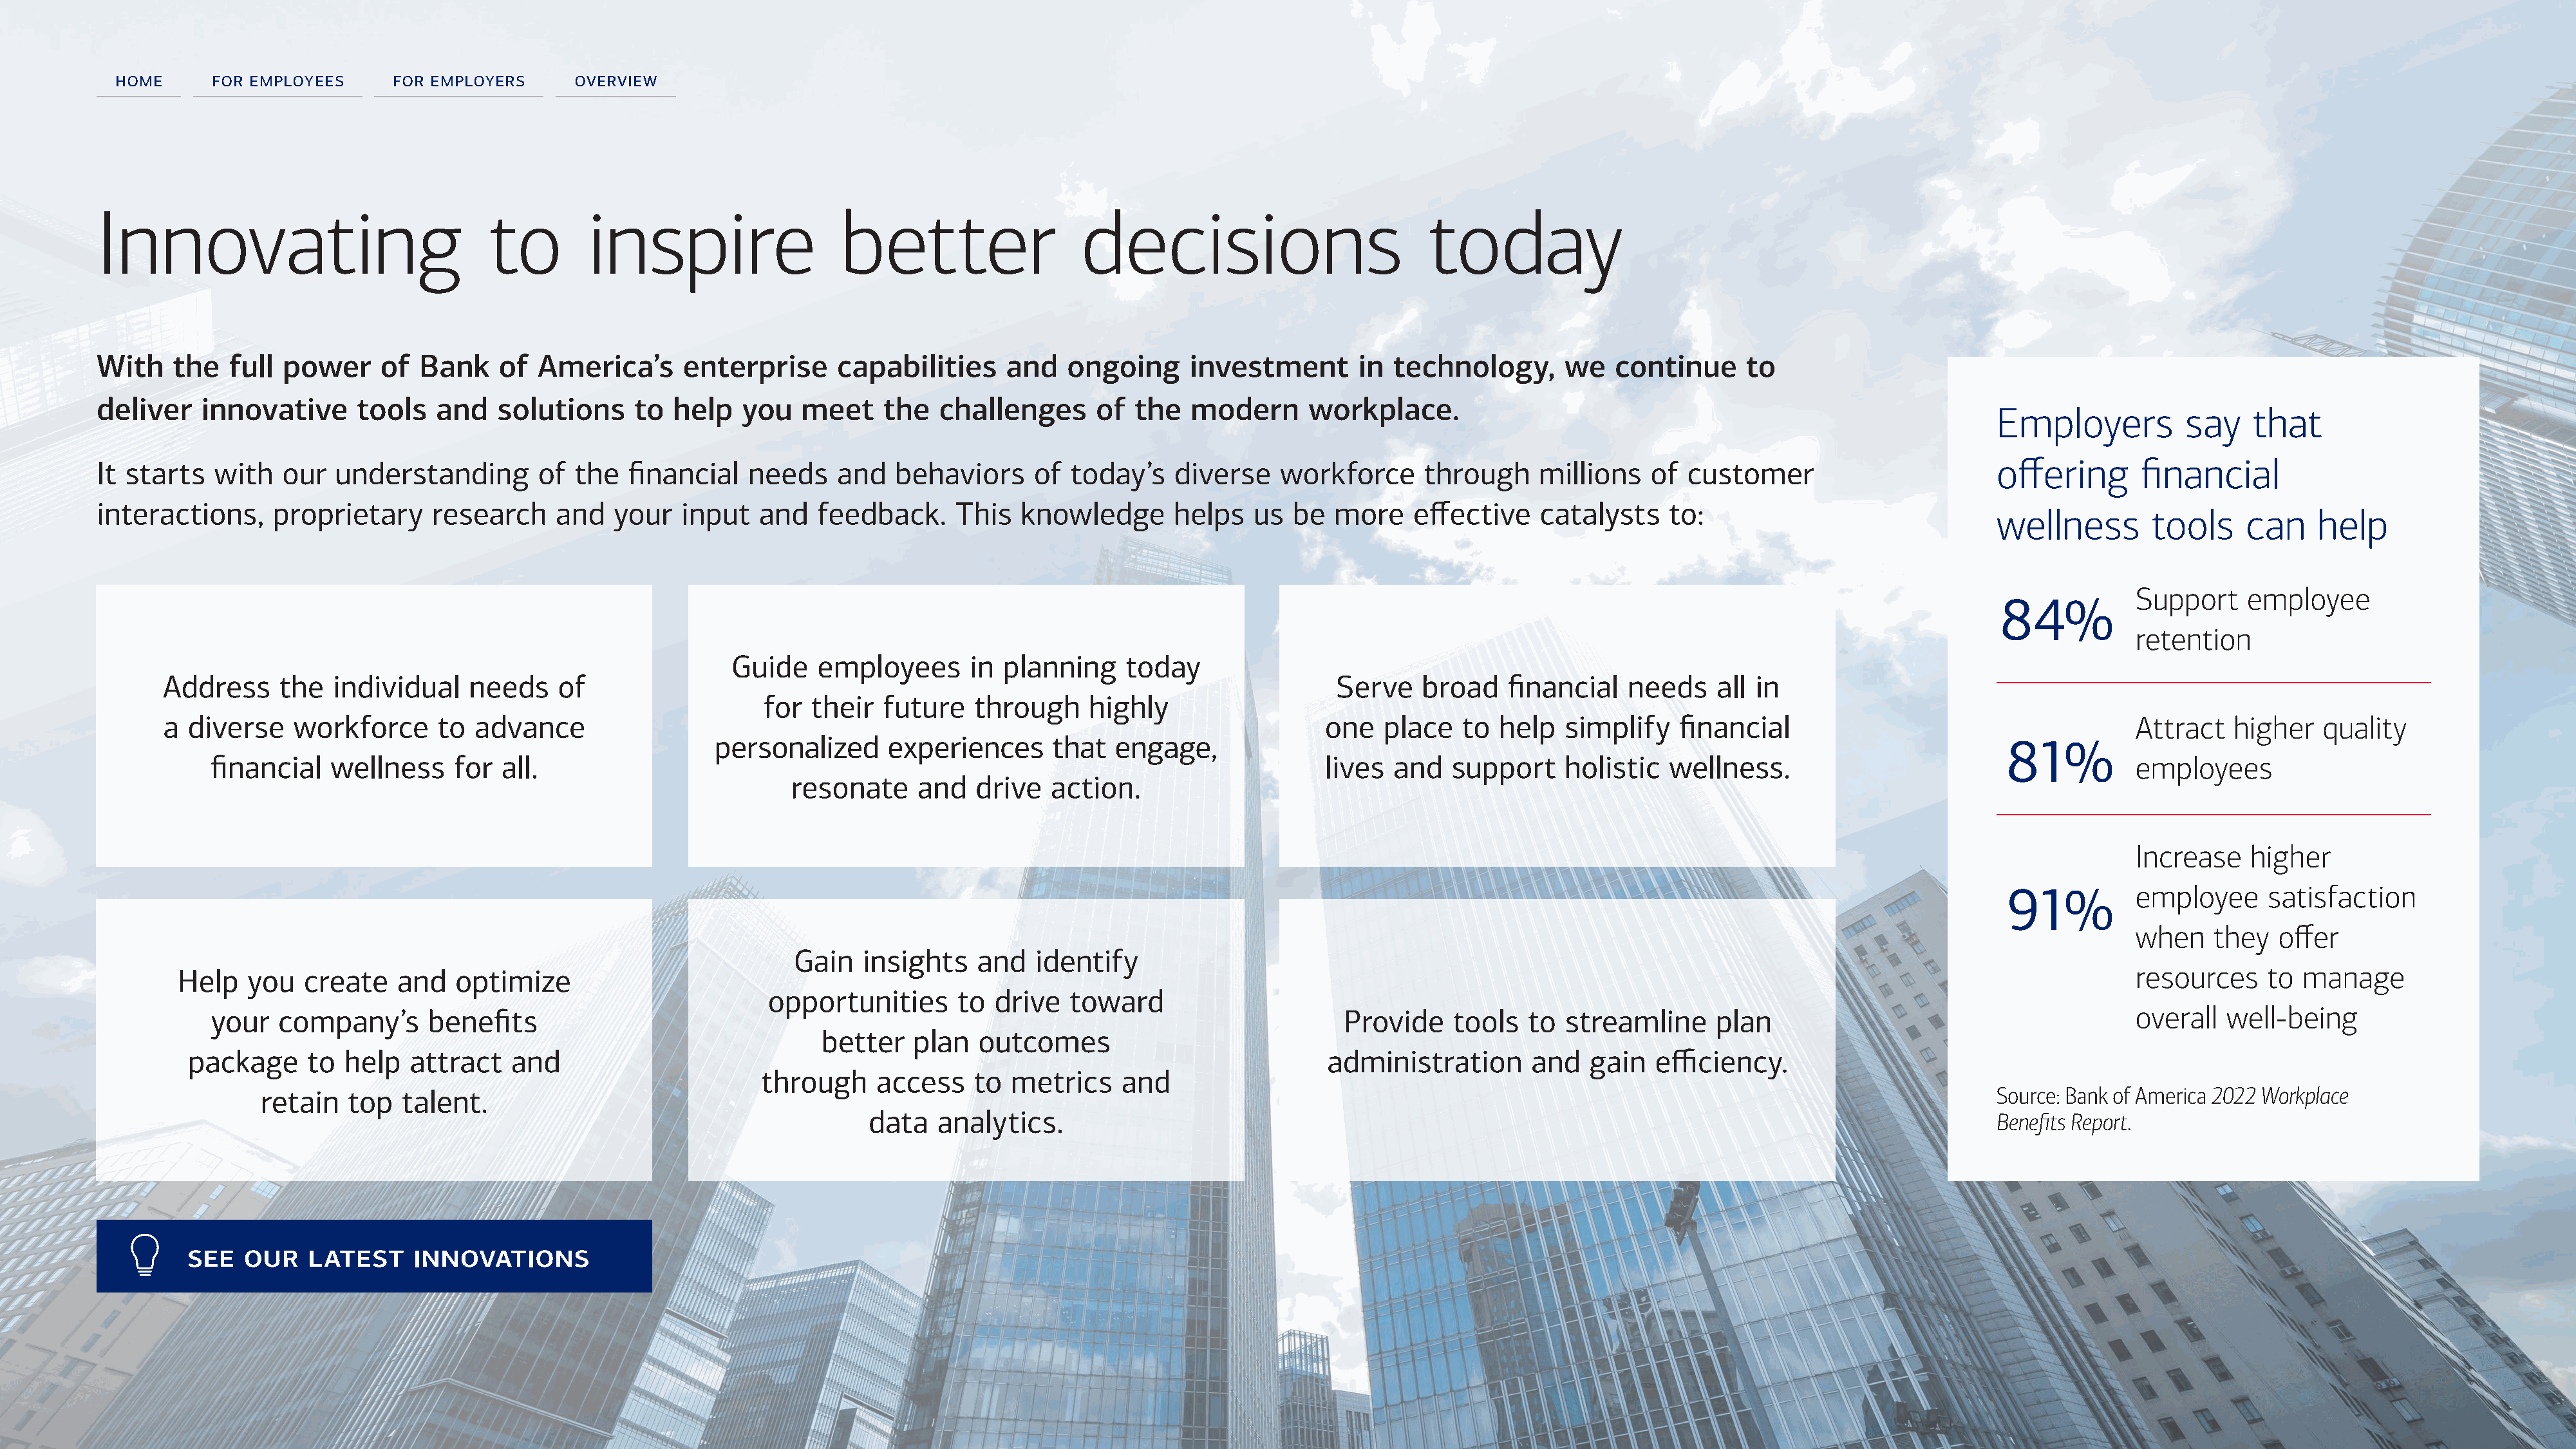
home      for employees     for employers      overview
 Innovating                              to        inspire                   better                   decisions                           today
 With    the   full power     of  Bank    of  America’s      enterprise      capabilities     and    ongoing     investment        in technology,       we   continue      to
 deliver    innovative      tools   and   solutions     to  help   you   meet     the   challenges      of  the  modern       workplace.
 Employers           say    that
 It starts   with   our  understanding        of  the   financial   needs    and   behaviors     of  today’s    diverse    workforce     through     millions    of customer                        offering       financial
 interactions,     proprietary     research     and   your   input   and   feedback.     This   knowledge       helps   us  be  more    effective    catalysts     to:
 wellness        tools     can    help
 Support    employee
 84%
 retention
 Guide    employees       in planning     today
 Address     the  individual    needs    of                                                                              Serve    broad    financial   needs    all in
 for  their   future   through     highly
 a diverse    workforce      to  advance                                                                                one   place   to  help   simplify    financial                                      Attract   higher   quality
 personalized      experiences      that   engage,                                                                                    81%
 financial   wellness     for  all.                                                                                lives  and   support     holistic   wellness.                                       employees
 resonate     and   drive   action.
 Increase   higher
 91%           employee     satisfaction
 when    they  offer
 Gain   insights   and   identify
 Help   you   create    and   optimize                                                                                                                                                                     resources    to  manage
 opportunities      to  drive   toward
 your   company’s      benefits                                                                                      Provide    tools   to  streamline     plan                                        overall  well-being
 better    plan   outcomes
 package      to help   attract    and                                                                                administration       and   gain   efficiency.
 through     access    to  metrics    and
 retain   top  talent.                                                                                                                                                             Source: Bank of America 2022 Workplace
 data   analytics.                                                                                                   Benefits Report.
 see   our    latest    innovations